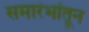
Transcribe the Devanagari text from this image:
समारंभांतून